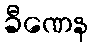
ခီဏေန